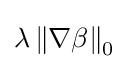
\lambda \left\|\nabla \beta \right\|_{0}